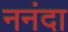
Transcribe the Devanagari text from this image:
ननंदा